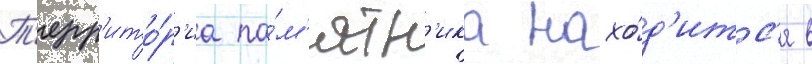
Т'ерр'ито́р'иа па́м'ятн'ика нахо́д'итс'я в